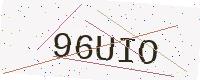
Text: 96UIO